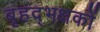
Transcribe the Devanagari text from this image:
बृहद्भक्षकों